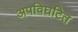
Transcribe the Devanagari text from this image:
अपविघटित